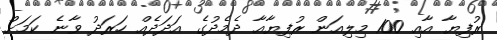
ރުފިޔާ އާއި 100 މިލިއަން ރުފިޔާއާ ދެމެދުގެ އަދަދެއް ހަރަދު ވާނެ ކަމަށް